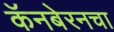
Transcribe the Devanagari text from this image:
कॅनबेरनचा